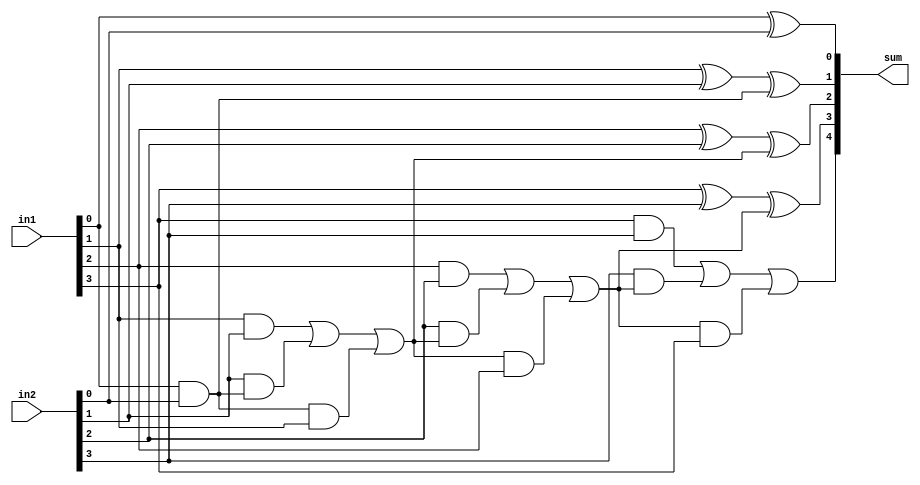
`timescale 1ns / 1ps
//////////////////////////////////////////////////////////////////////////////////
// Company: 
// Engineer: 
// 
// Design Name: 
// Module Name:    Four_Bit_Full_adder 
// Project Name: 
// Target Devices: 
// Tool versions: 
// Description: 
//
// Dependencies: 
//
// Revision: 
// Revision 0.01 - File Created
// Additional Comments: 
//
//////////////////////////////////////////////////////////////////////////////////
module Four_Bit_Full_adder(in1, in2, sum);

input [3:0] in1;
input [3:0] in2 ;
output [4:0] sum ;

wire carry1, carry2, carry3 ;


assign sum[0] = (in1[0] ^ in2[0] ^1'b0 ) ; 
assign carry1 = ((in1[0] &in2[0]) | (in2[0] &1'b0) |(1'b0 &in1[0]));
assign sum[1] = (in1[1] ^ in2[1] ^carry1 ) ; 
assign carry2 = ((in1[1] &in2[1]) | (in2[1] &carry1) |(carry1 &in1[1]));
assign sum[2] = (in1[2] ^ in2[2] ^carry2 ) ; 
assign carry3 = ((in1[2] &in2[2]) | (in2[2] &carry2) |(carry2 &in1[2]));
assign sum[3] = (in1[3] ^ in2[3] ^carry3 ) ; 
assign sum[4] = ((in1[3] &in2[3]) | (in2[3] &carry3) |(carry3 &in1[3]));


endmodule